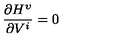
\frac { \partial H ^ { \upsilon } } { \partial V ^ { i } } = 0